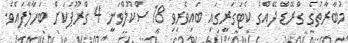
މުބާރާތުގެ ގްރޭޑް ދޭއްގެ ކެޓަގަރީގައި ބައިވެރިވި 18 ސްކޫލްވަނީ 4 ގްރޫޕަކަށް ބަހާލާފައެވެ.